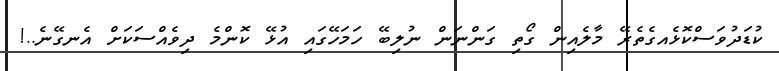
ކުޑަދުވަސްކޮޅެއގެތެރޭ މާލެއިން ގޯތި ގަންނަން ނުލިބޭ ހަމަހޭގައި އުޅޭ ކޮންމެ ދިވެއްސަކަށް އެނގޭނެ..!